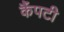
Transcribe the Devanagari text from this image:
कैंपटी